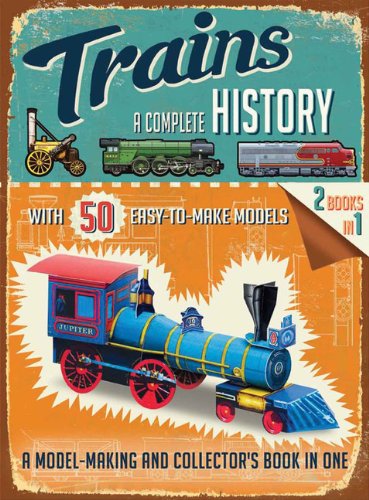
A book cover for Trains: A Complete History; Philip Steele; Engineering & Transportation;